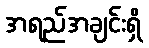
အရည်အချင်းရှိ